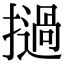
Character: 撾